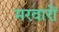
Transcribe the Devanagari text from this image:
मरवारों